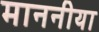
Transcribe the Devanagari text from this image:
माननीया